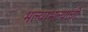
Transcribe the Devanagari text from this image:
भल्याभल्यांची